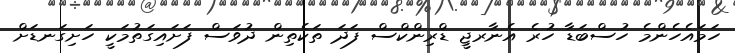
ހަމައެހެންމެ ހުސްބަޑާ ހުރެ އެނާރޖީ ޑްރިންކްސް ފަދަ ތަކެތިން ދުވަސް ފަށައިގަތުމަކީ ހަށިގަނޑަށް